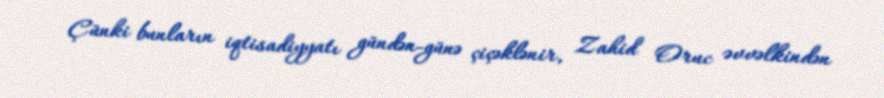
Çünki bunların iqtisadiyyatı gündən-günə çiçəklənir, Zahid Oruc əvvəlkindən